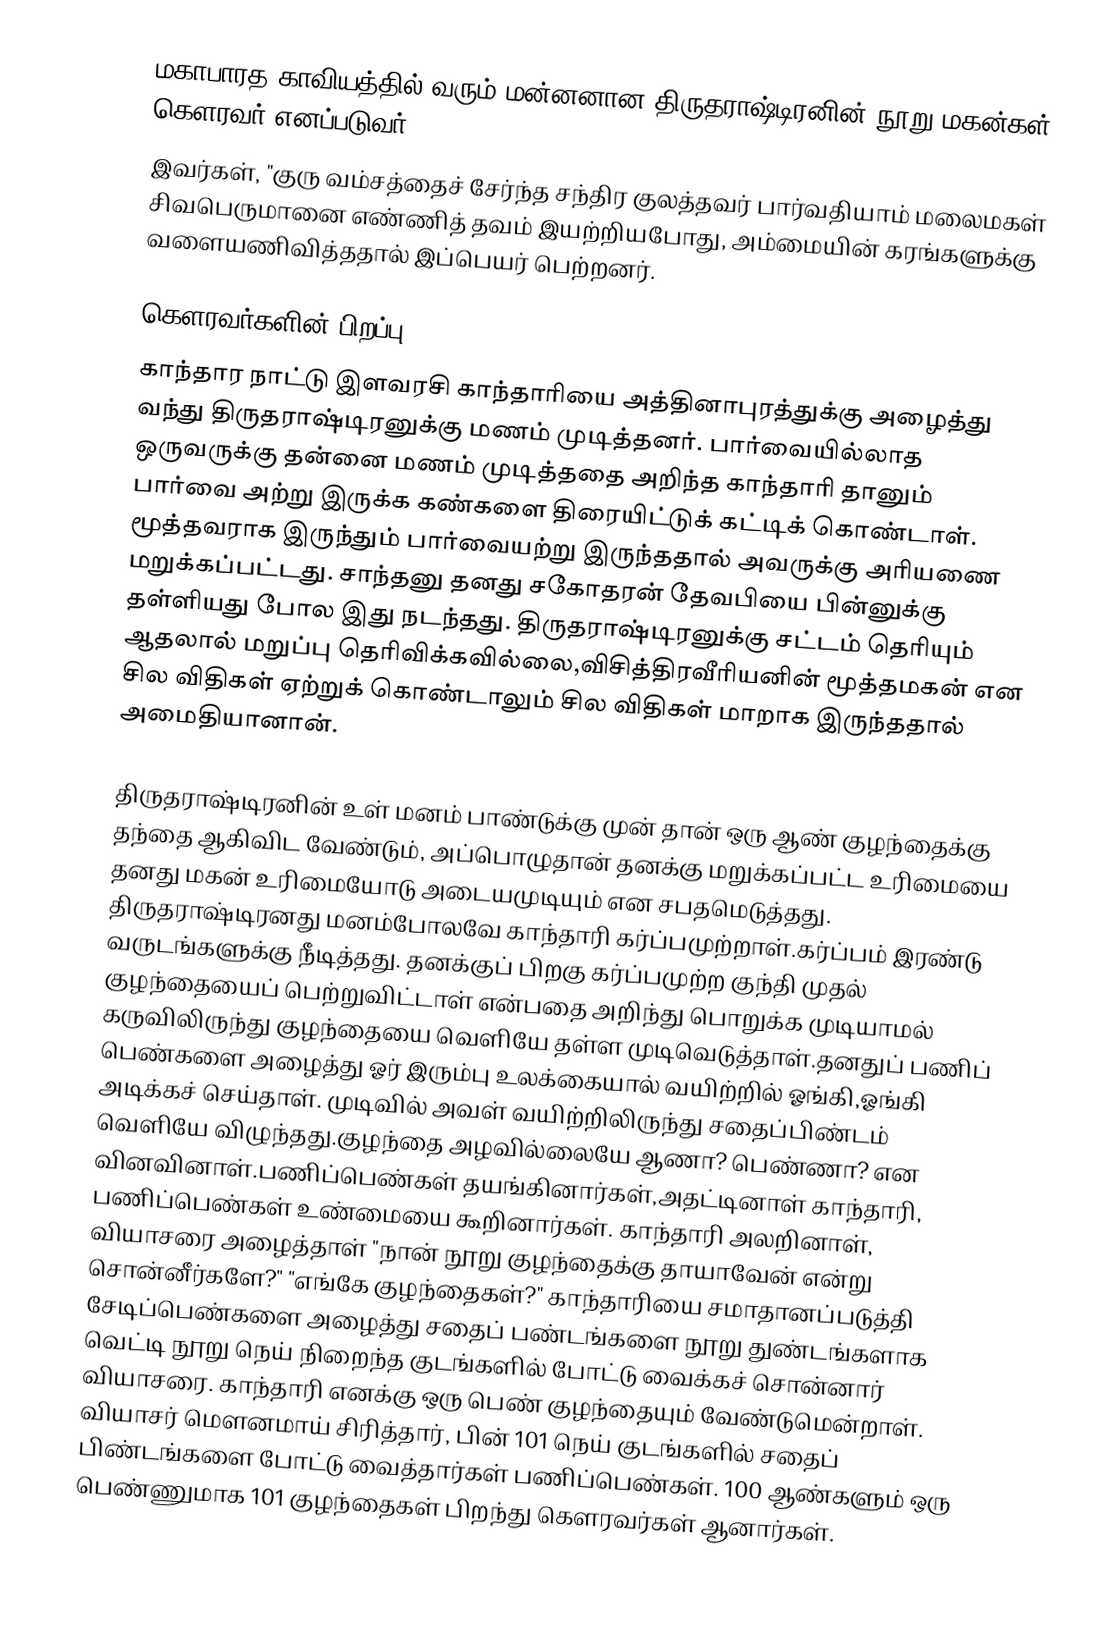
மகாபாரத காவியத்தில் வரும் மன்னனான திருதராஷ்டிரனின் நூறு மகன்கள் கௌரவர் எனப்படுவர்.
இவர்கள், "குரு வம்சத்தைச் சேர்ந்த சந்திர குலத்தவர் பார்வதியாம் மலைமகள் சிவபெருமானை எண்ணித் தவம் இயற்றியபோது, அம்மையின் கரங்களுக்கு வளையணிவித்ததால் இப்பெயர் பெற்றனர்.

கௌரவர்களின் பிறப்பு
காந்தார நாட்டு இளவரசி காந்தாரியை அத்தினாபுரத்துக்கு அழைத்து வந்து திருதராஷ்டிரனுக்கு மணம் முடித்தனர். பார்வையில்லாத ஒருவருக்கு தன்னை மணம் முடித்ததை அறிந்த காந்தாரி தானும் பார்வை அற்று இருக்க கண்களை திரையிட்டுக் கட்டிக் கொண்டாள். மூத்தவராக இருந்தும் பார்வையற்று இருந்ததால் அவருக்கு அரியணை மறுக்கப்பட்டது. சாந்தனு தனது சகோதரன் தேவபியை பின்னுக்கு தள்ளியது போல இது நடந்தது. திருதராஷ்டிரனுக்கு சட்டம் தெரியும் ஆதலால் மறுப்பு தெரிவிக்கவில்லை,விசித்திரவீரியனின் மூத்தமகன் என சில விதிகள் ஏற்றுக் கொண்டாலும் சில விதிகள் மாறாக இருந்ததால் அமைதியானான்.

திருதராஷ்டிரனின் உள் மனம் பாண்டுக்கு முன் தான் ஒரு ஆண் குழந்தைக்கு தந்தை ஆகிவிட வேண்டும், அப்பொழுதான் தனக்கு மறுக்கப்பட்ட உரிமையை தனது மகன் உரிமையோடு அடையமுடியும் என சபதமெடுத்தது. திருதராஷ்டிரனது மனம்போலவே காந்தாரி கர்ப்பமுற்றாள்.கர்ப்பம் இரண்டு வருடங்களுக்கு நீடித்தது. தனக்குப் பிறகு கர்ப்பமுற்ற குந்தி முதல் குழந்தையைப் பெற்றுவிட்டாள் என்பதை அறிந்து பொறுக்க முடியாமல் கருவிலிருந்து குழந்தையை வெளியே தள்ள முடிவெடுத்தாள்.தனதுப் பணிப் பெண்களை அழைத்து ஓர் இரும்பு உலக்கையால் வயிற்றில் ஓங்கி,ஓங்கி அடிக்கச் செய்தாள். முடிவில் அவள் வயிற்றிலிருந்து சதைப்பிண்டம் வெளியே விழுந்தது.குழந்தை அழவில்லையே ஆணா? பெண்ணா? என வினவினாள்.பணிப்பெண்கள் தயங்கினார்கள்,அதட்டினாள் காந்தாரி, பணிப்பெண்கள் உண்மையை கூறினார்கள். காந்தாரி அலறினாள், வியாசரை அழைத்தாள் "நான் நூறு குழந்தைக்கு தாயாவேன் என்று சொன்னீர்களே?" "எங்கே குழந்தைகள்?" காந்தாரியை சமாதானப்படுத்தி சேடிப்பெண்களை அழைத்து சதைப் பண்டங்களை நூறு துண்டங்களாக வெட்டி நூறு நெய் நிறைந்த குடங்களில் போட்டு வைக்கச் சொன்னார் வியாசரை. காந்தாரி எனக்கு ஒரு பெண் குழந்தையும் வேண்டுமென்றாள். வியாசர் மௌனமாய் சிரித்தார், பின் 101 நெய் குடங்களில் சதைப் பிண்டங்களை போட்டு வைத்தார்கள் பணிப்பெண்கள். 100 ஆண்களும் ஒரு பெண்ணுமாக 101 குழந்தைகள் பிறந்து கௌரவர்கள் ஆனார்கள்.